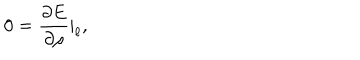
0 = \frac { \partial E } { \partial \rho } | _ { \ell } ,